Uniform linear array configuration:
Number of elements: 64
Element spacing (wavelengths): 0.75
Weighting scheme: uniform
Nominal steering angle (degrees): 45
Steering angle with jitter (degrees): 46.672
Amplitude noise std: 0.05
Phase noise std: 0.05

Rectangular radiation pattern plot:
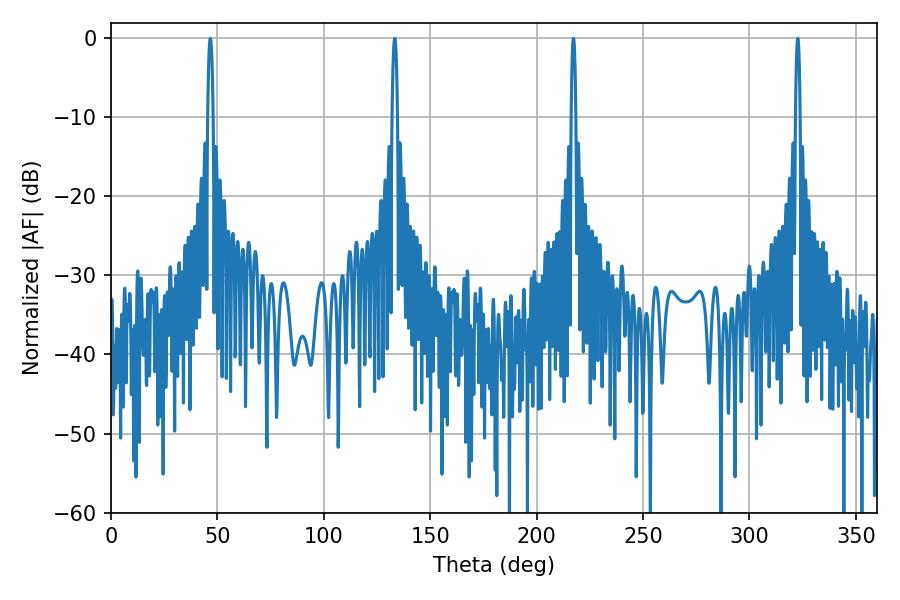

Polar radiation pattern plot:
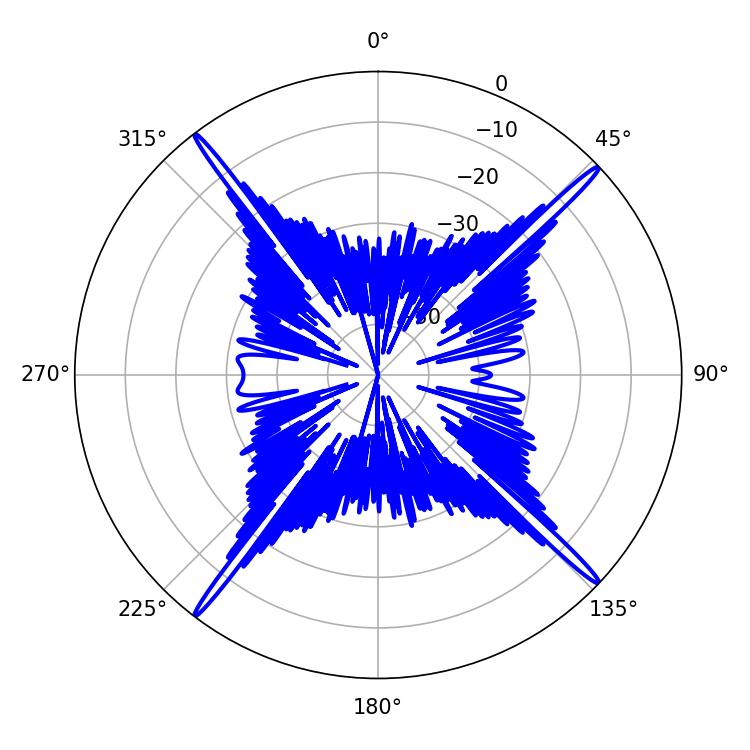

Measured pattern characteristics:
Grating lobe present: TRUE
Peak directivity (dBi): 22.087
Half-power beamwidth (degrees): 1.08
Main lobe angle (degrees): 217.26